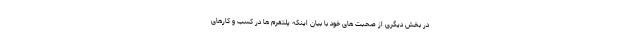
در بخش دیگری از صحبت های خود با بیان اینکه پلتفرم ها در کسب و کارهای